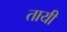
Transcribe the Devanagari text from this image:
तायी